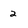
Character: 2